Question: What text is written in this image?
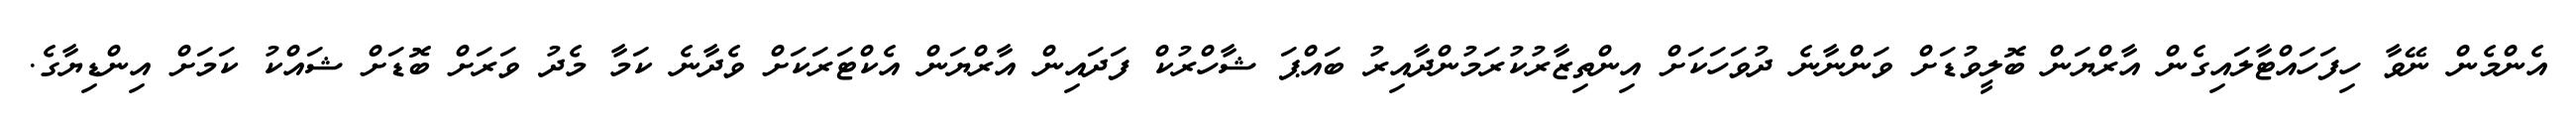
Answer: އެންމެން ނޭވާ ހިފަހައްޓާލައިގެން އާރްޔަން ބޮލީވުޑަށް ވަންނާނެ ދުވަހަކަށް އިންތިޒާރުކުރަމުންދާއިރު ބައްޕަ ޝާހްރުކް ފަދައިން އާރްޔަން އެކްޓަރަކަށް ވެދާނެ ކަމާ މެދު ވަރަށް ބޮޑަށް ޝައްކު ކަމަށް އިންޑިޔާގެ.